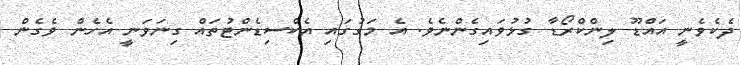
ދެކެވެނީ އައްޑޫ ލިންކްރޯޑާ ގުޅުވައިގެންނެވެ. އެ މަގުގައި އެކްސިޑެންޓުތައް ގިނަވަނީ އެހެން ވެގެން